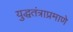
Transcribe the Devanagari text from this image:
युद्धतंत्राप्रमाणे